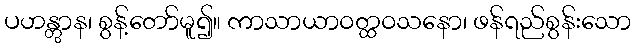
ပဟန္တွာန၊ စွန့်တော်မူ၍။ ကာသာယာဝတ္ထဝသနော၊ ဖန်ရည်စွန်းသော